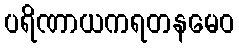
ပရိဏာယကရတနမေဝ